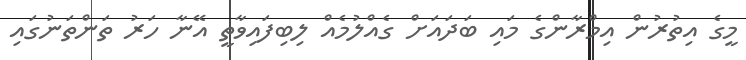
މީގެ އިތުރުން އިމްރާންގެ މައި ބަދައަށް ގެއްލުމެއް ލިބިފައިވާތީ އޭނާ ހަރު ތަންތަނުގައި